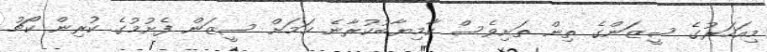
މިއަހަރުގެ ސީޒަންގެ ތިން ތަށިވެސް ކާމިޔާބުކުރާނެ ކަމަށް ސީޒަން ފެށުމުގެ ކުރިން ކޯޗު